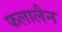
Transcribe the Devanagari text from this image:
फलालैन